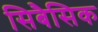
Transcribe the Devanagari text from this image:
सिबैसिक